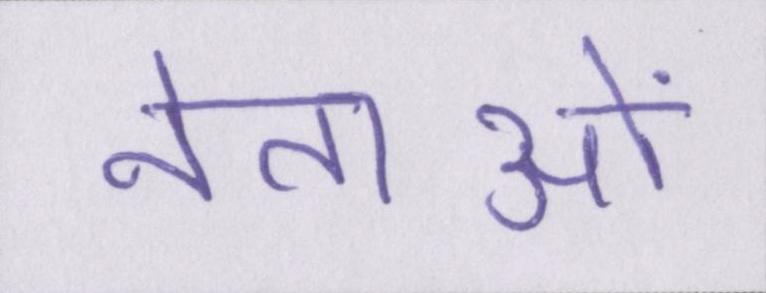
नेताओं